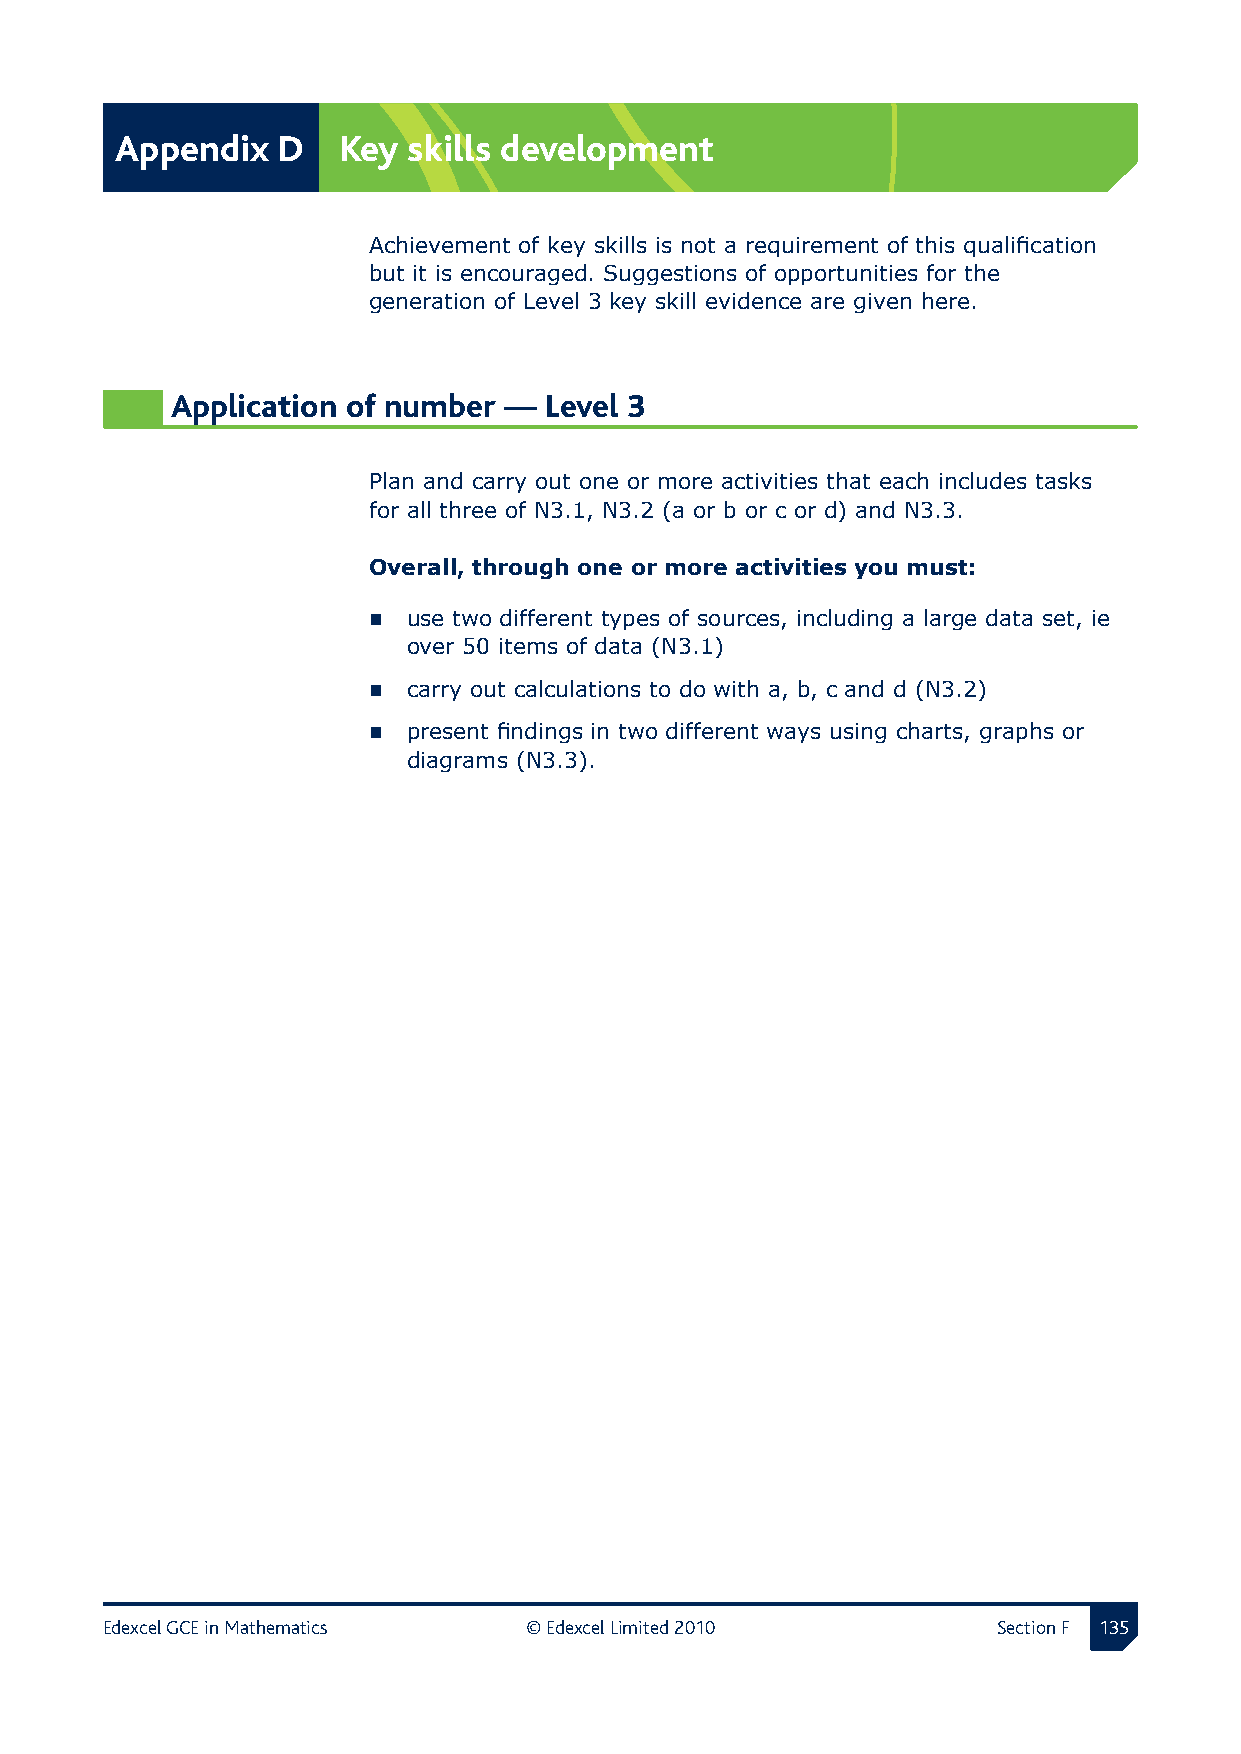
Appendix  D   Key  skills development
 Achievement of key skills is not a requirement of this qualification
 but it is encouraged. Suggestions of opportunities for the
 generation of Level 3 key skill evidence are given here.
 Application of number —  Level 3
 Plan and carry out one or more activities that each includes tasks
 for all three of N3.1, N3.2 (a or b or c or d) and N3.3.
 Overall, through one or more activities you must:
   use two different types of sources, including a large data set, ie
 over 50 items of data (N3.1)
   carry out calculations to do with a, b, c and d (N3.2)
   present findings in two different ways using charts, graphs or
 diagrams (N3.3).
 Edexcel GCE in Mathematics  © Edexcel Limited 2010         Section F 1